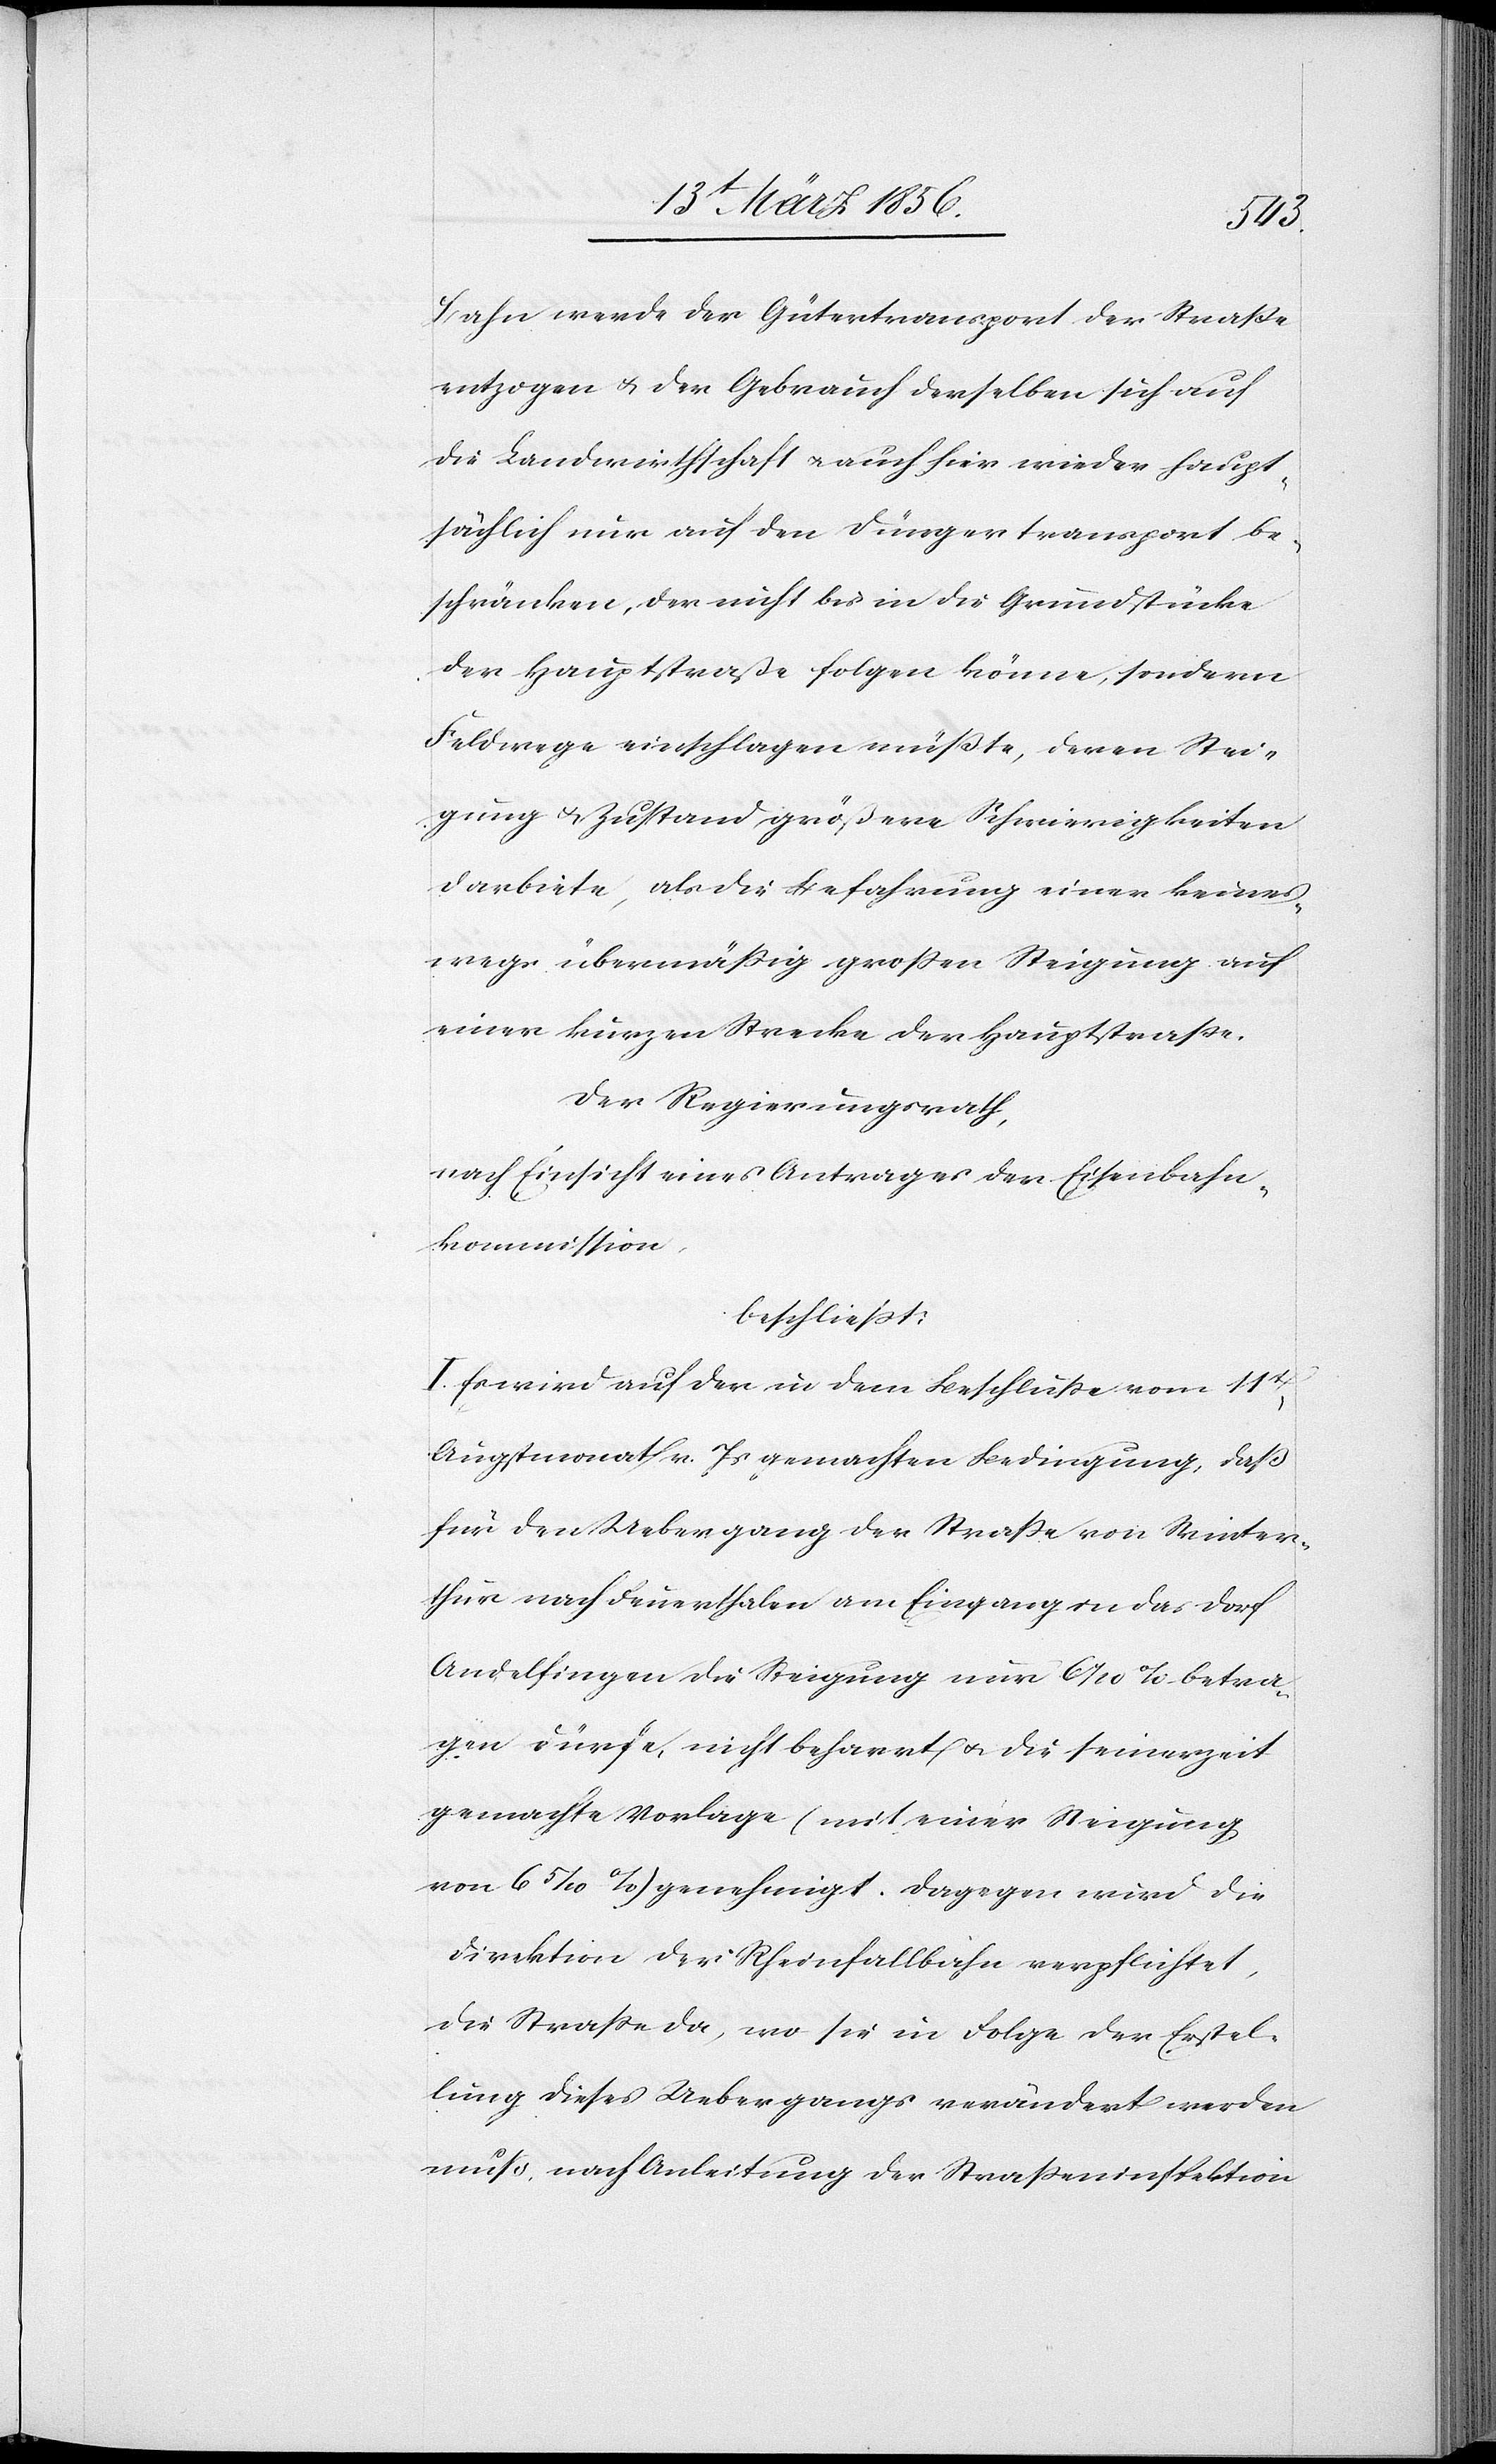
Bahn werde der Gütertransport der Straße
entzogen & der Gebrauch derselben sich auf
die Landwirtschaft u. auch hier wieder haupt¬
sächlich nur auf den Düngertransport be¬
schränkten, der nicht bis in die Grundstücke
der Hauptstraße folgen könne, sondern
Feldwege einschlagen müßte, deren Stei¬
gung & Zustand größere Schwierigkeiten
darbiete, als die Befahrung einer keines¬
wegs übermäßig großen Steigung auf
einer kurzen Strecke der Hauptstraße.
Der Regierungsrath,
nach Einsicht eines Antrages der Eisenbahn¬
kommission,
beschließt:
I. Es wird auf der in dem Beschluße vom 11t,
Augstmonat v. Js gemachten Bedingung, daß
für den Uebergang der Straße von Winter¬
thur nach Feuerthalen am Eingang in das Dorf
Andelfingen die Steigung nur 61/10 % betra¬
gen dürfe, nicht beharrt u. die seinerzeit
gemachte Vorlage (mit einer Steigung
von 65/10 %) genehmigt. Dagegen wird die
Direktion der Rheinfallbahn verpflichtet,
die Straße da, wo sie in Folge der Erstel¬
lung dieses Uebergangs verändert werden
muß, nach Anleitung der Straßeninspektion